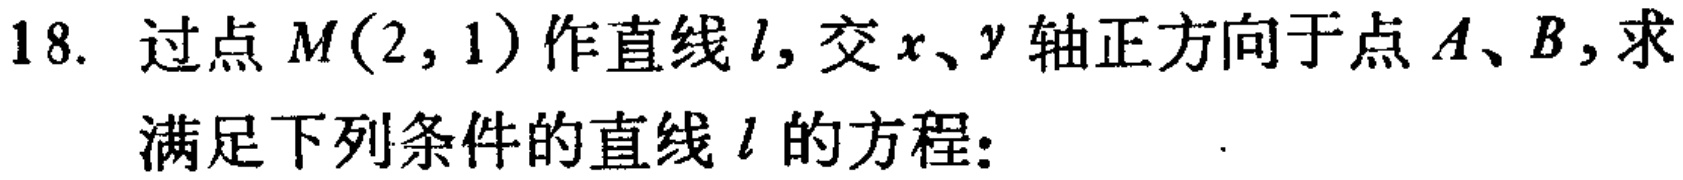
18. 过点 \(M(2,1)\) 作直线 \(l\)，交 \(x、y\) 轴正方向于点 \(A、B\)，求
满足下列条件的直线 \(l\) 的方程：